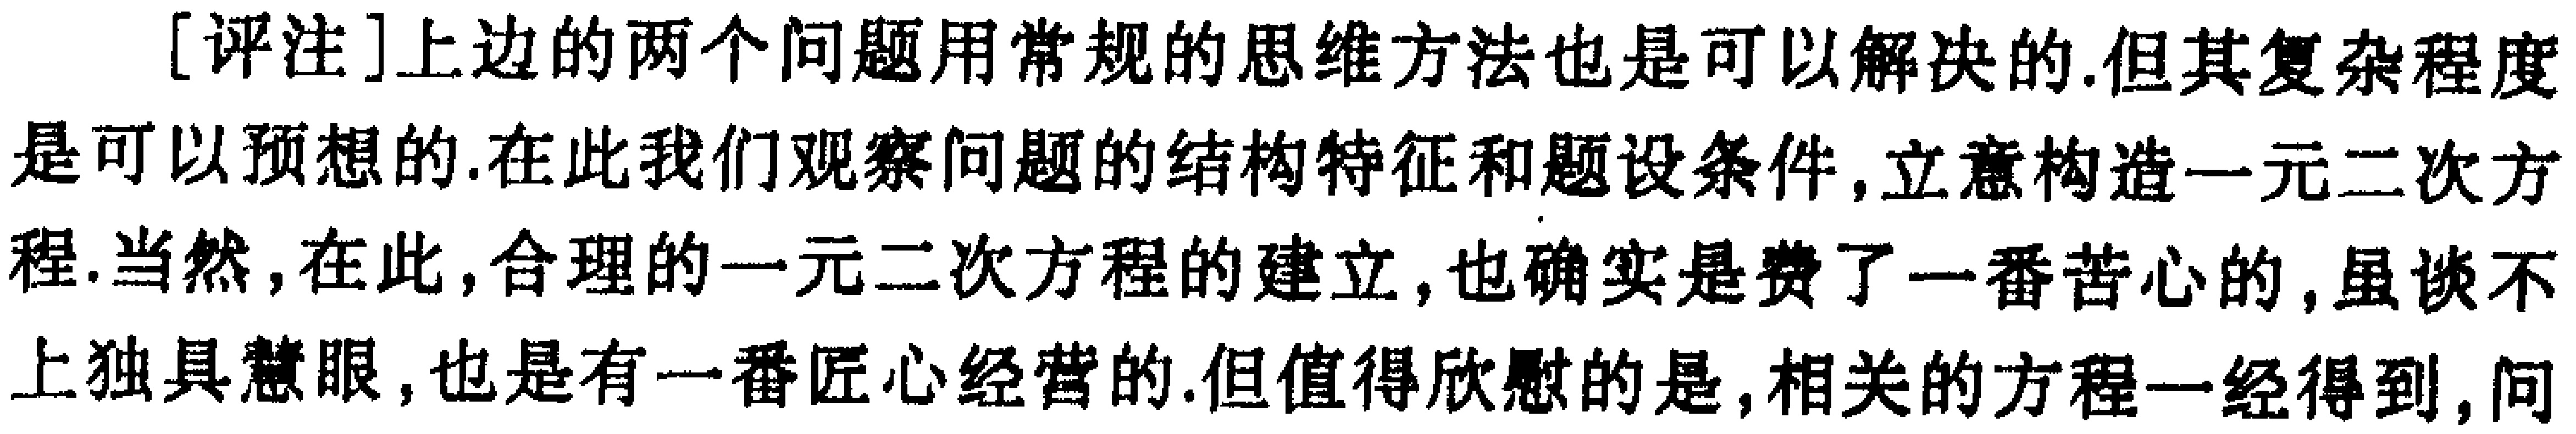
[评注]上边的两个问题用常规的思维方法也是可以解决的.但其复杂程度是可以预想的.在此我们观察问题的结构特征和题设条件,立意构造一元二次方程.当然,在此,合理的一元二次方程的建立,也确实是费了一番苦心的,虽谈不上独具慧眼,也是有一番匠心经营的.但值得欣慰的是,相关的方程一经得到,问